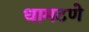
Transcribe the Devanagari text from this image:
धामटणे